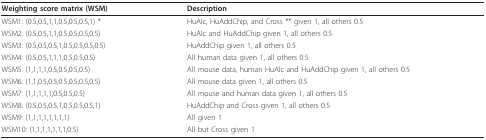
<table><thead><tr><td><b>Weighting score matrix (WSM)</b></td><td><b>Description</b></td></tr></thead><tbody><tr><td>WSM1: (0.5,0.5,1,1,0.5,0.5,0.5,1) *</td><td>HuAlc, HuAddChip, and Cross ** given 1, all others 0.5</td></tr><tr><td>WSM2: (0.5,0.5,1,1,0.5,0.5,0.5,0.5)</td><td>HuAlc and HuAddChip given 1, all others 0.5</td></tr><tr><td>WSM3: (0.5,0.5,0.5,1,0.5,0.5,0.5,0.5)</td><td>HuAddChip given 1, all others 0.5</td></tr><tr><td>WSM4: (0.5,0.5,1,1,1,0.5,0.5,0.5)</td><td>All human data given 1, all others 0.5</td></tr><tr><td>WSM5: (1,1,1,1,0.5,0.5,0.5,0.5)</td><td>All mouse data, human HuAlc and HuAddChip given 1, all others 0.5</td></tr><tr><td>WSM6: (1,1,0.5,0.5,0.5,0.5,0.5,0.5)</td><td>All mouse data given 1, all others 0.5</td></tr><tr><td>WSM7: (1,1,1,1,1,0.5,0.5,0.5)</td><td>All mouse and human data given 1, all others 0.5</td></tr><tr><td>WSM8: (0.5,0.5,0.5,1,0.5,0.5,0.5,1)</td><td>HuAddChip and Cross given 1, all others 0.5</td></tr><tr><td>WSM9: (1,1,1,1,1,1,1,1)</td><td>All given 1</td></tr><tr><td>WSM10: (1,1,1,1,1,1,1,0.5)</td><td>All but Cross given 1</td></tr></tbody></table>